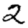
Digit: 2